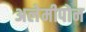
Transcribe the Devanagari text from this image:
अलेमीपोन